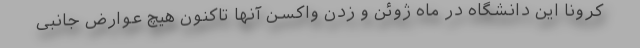
کرونا این دانشگاه در ماه ژوئن و زدن واکسن آنها تاکنون هیچ عوارض جانبی